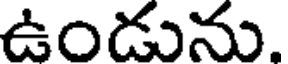
ఉండును.